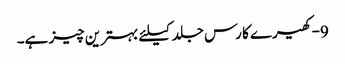
9-کھیرے کا رس جلد کیلئے بہترین چیز ہے۔